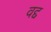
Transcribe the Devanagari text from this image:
वद्द